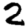
Digit: 2